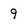
Character: 9